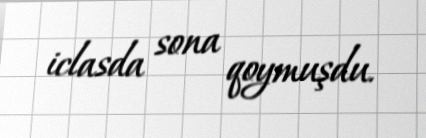
iclasda sona qoymuşdu.